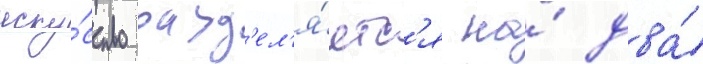
иску́сство разд'ел'я́етс'я на́ два́